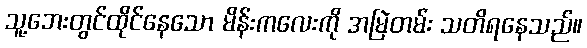
သူ့ဘေးတွင်ထိုင်နေသော မိန်းကလေးကို အမြဲတမ်း သတိရနေသည်။